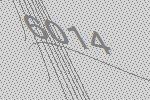
6014